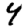
Digit: 4